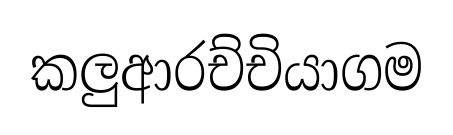
කලුආරච්චියාගම